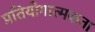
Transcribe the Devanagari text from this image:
प्रतियोगात्मकता